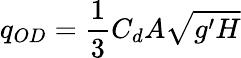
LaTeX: q_{OD}=\frac{1}{3}C_{d}A\sqrt{g^{\prime}H}